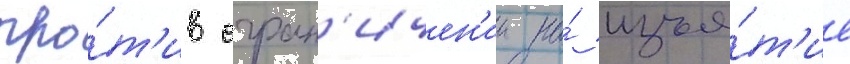
про́т'ив огран'ичен'ии на́ изъя́т'ие